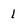
Character: 1